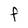
Character: F